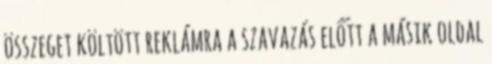
összeget költött reklámra a szavazás előtt a másik oldal